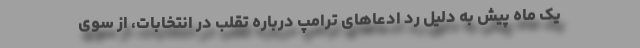
یک ماه پیش به دلیل رد ادعاهای ترامپ درباره تقلب در انتخابات، از سوی